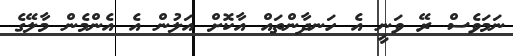
ނަމަވެސް ރޭ ވަނީ އެ ހަނދާންތައް އާކޮށް އަލުން އެ އެންމެން މާލޭގެ